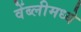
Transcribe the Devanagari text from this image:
वेंब्लीमध्ये